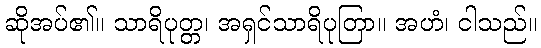
ဆိုအပ်၏။ သာရိပုတ္တ၊ အရှင်သာရိပုတြာ။ အဟံ၊ ငါသည်။